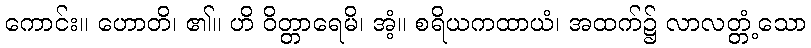
ကောင်း။ ဟောတိ၊ ၏။ ဟိ ဝိတ္တာရေမိ၊ အံ့။ စရိယကထာယံ၊ အထက်၌ လာလတ္တံ့သော